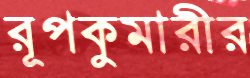
রূপকুমারীর